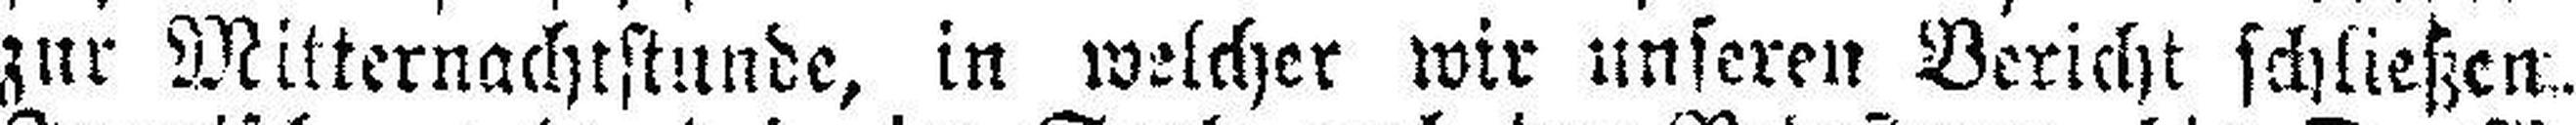
zur Mitternachtstunde, in welcher wir unseren Bericht schließen.